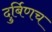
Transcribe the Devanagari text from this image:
दुर्बिणच